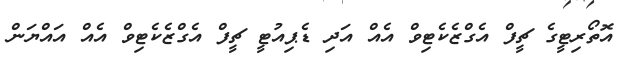
އޮތޯރިޓީގެ ޗީފް އެގްޒެކެޓިވް އެއް އަދި ޑެޕިއުޓީ ޗީފް އެގްޒެކެޓިވް އެއް އައްޔަން